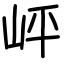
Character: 岼